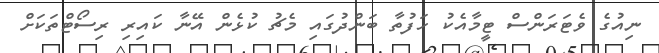
ނިއުގެ ވެޓަރަންސް ޓީމާއެކު ހަފުތާ ބަންދުގައި މެޗު ކުޅެން އޭނާ ކައިރި ރިސޯޓްތަކަށް